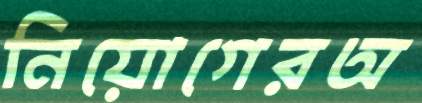
নিয়োগেরঅ